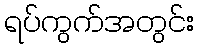
ရပ်ကွက်အတွင်း